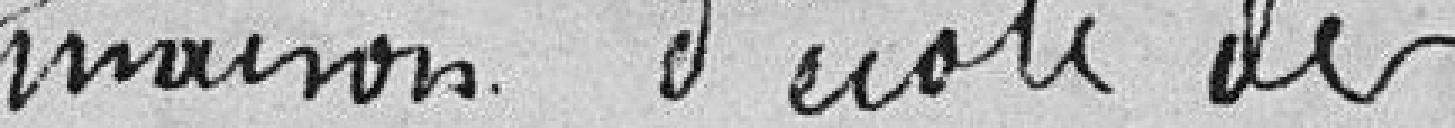
maison d'école des